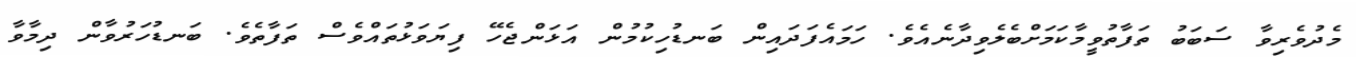
މެދުވެރިވާ ސަބަބު ތަފާތުވީމާކަމަށްބެލެވިދާނެއެވެ. ހަމައެފަދައިން ބަނޑުހިކުމުން އަޅަންޖެހޭ ފިޔަވަޅުތައްވެސް ތަފާތެވެ. ބަނޑުހަރުވާން ދިމާވާ